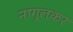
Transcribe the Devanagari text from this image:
नागुलकर